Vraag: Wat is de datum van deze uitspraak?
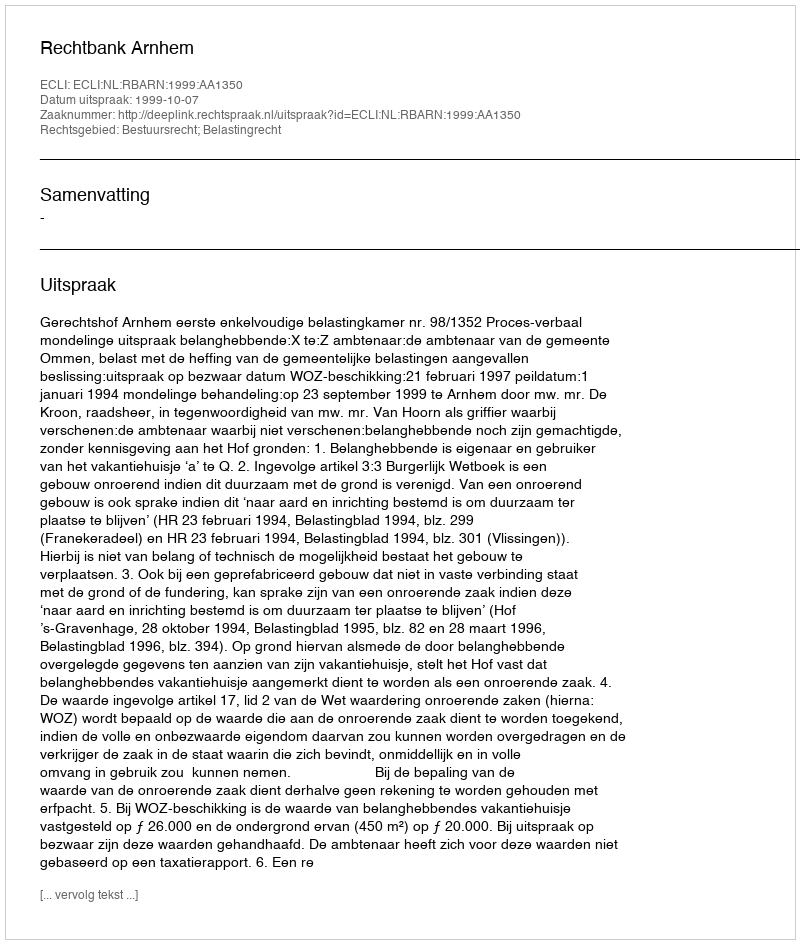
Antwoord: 1999-10-07